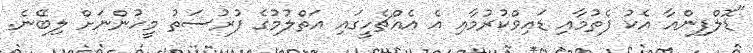
"ޑޮލްފިންއާ އެކު ފެތުމާއި ޑައިވްކުރުމާއި އެ އެއްޗެހީގައި އަތްލުމުގެ ފުރުސަތު މީހުންނަށް ލިބޭނެ.